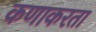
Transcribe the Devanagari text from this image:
कणाकरता